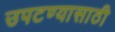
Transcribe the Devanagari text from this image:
उपटण्यासाठी